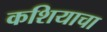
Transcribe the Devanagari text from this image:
कशियाचा